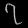
Digit: ၇